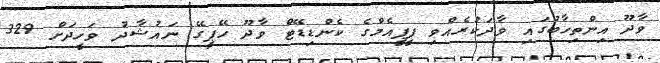
ވާދޫ އިންތިހާބުގައި ވާދަކުރެއްވި ޕީޕީއެމްގެ ކެންޑިޑޭޓް ވާދޫ ހޭޕީގޭ ނައުޝާދު ވަހީދަށް 329